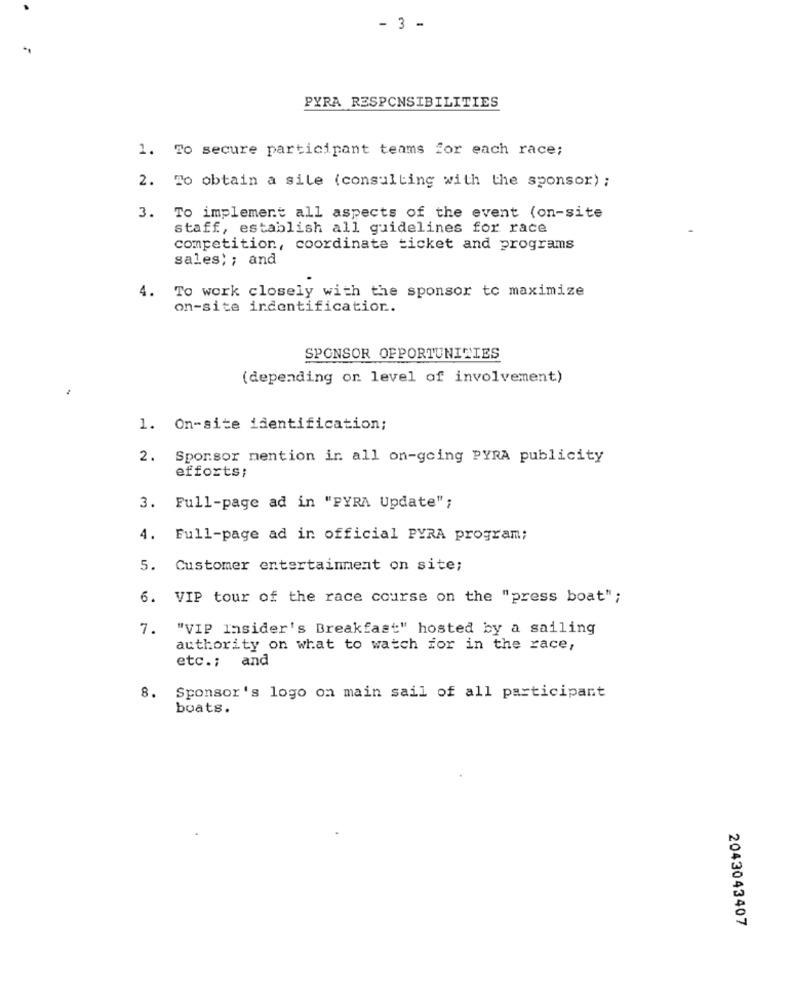
- 3 -
PYRA RESPONSIBILITIES
1. To secure participant teams for each race;
2. To obtain a sile (consulting with the sponsor) ;
3. To implement all aspects of the event (on-site
staff, establish all guidelines for race
competition, coordinate ticket and programs
sales; ; and
4. To work closely with the sponsor to maximize
on-site indentification.
SPONSOR OPPORTUNITIES
(depending on level of involvement)
1. On-site identification;
2. Sporsor mention in all on-going PYRA publicity
efforts;
3. Full-page ad in "PYRA Update";
4. Full-page ad in official PYRA program;
5. Customer entertainment on site;
6. VIP tour of the race course on the "press boat";
7. "VIP Insider's Breakfast" hosted by a sailing
authority on what to watch for in the race,
etc .; and
8. Sponsor's logo on main sail of all participant
boats.
2043043407